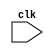
module sequential_logic_block (
    input wire clk,
    // add other input/output ports here as needed
);

always @(posedge clk) begin
    // logic statements to be executed on positive edge of clock
    // e.g. flip-flop behavior, register updates, etc.
end

endmodule